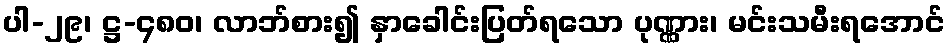
ပါ-၂၉၊ ဋ္ဌ-၄၈၀၊ လာဘ်စား၍ နှာခေါင်းပြတ်ရသော ပုဏ္ဏား၊ မင်းသမီးရအောင်